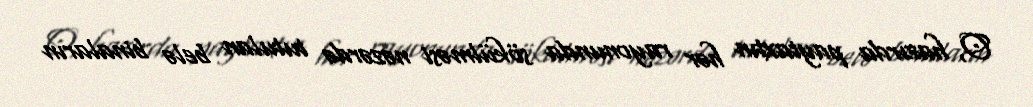
O, hazırda paytaxtın hər rayonunda sökülməsi nəzərdə tutulan belə binaların